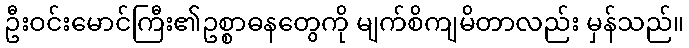
ဦးဝင်းမောင်ကြီး၏ဥစ္စာဓနတွေကို မျက်စိကျမိတာလည်း မှန်သည်။